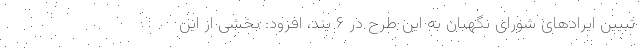
تبیین ایرادهای شورای نگهبان به این طرح در ۶ بند، افزود: بخشی از این